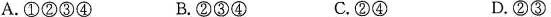
A.①②③④ B.②③④ C.②④ D.②③